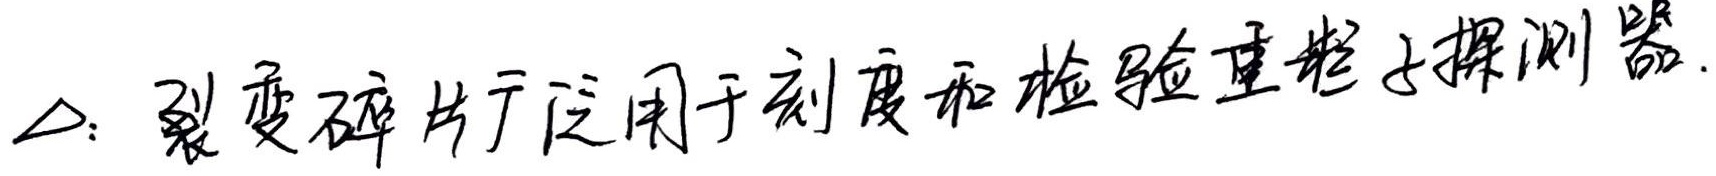
$\triangle$：裂变碎片广泛用于刻度和检验重粒子探测器。